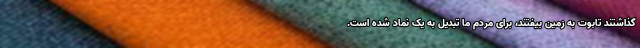
گذاشتند تابوت به زمین بیفتند، برای مردم ما تبدیل به یک نماد شده است.